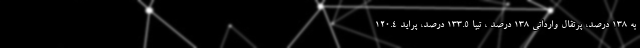
به 138 درصد، پرتقال وارداتی 138 درصد ، تیبا 133.5 درصد، پراید 120.4